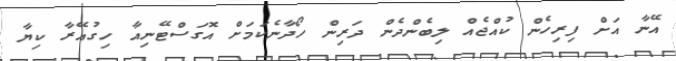
އޭނާ އަށް ފިރިހެން ކުއްޖެއް ލިބެންދެން ދަރިން ހޯދާނެކަމަށް އޮގަސްޓޭނިއާ ހިގުއޭރާ ކިޔާ